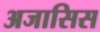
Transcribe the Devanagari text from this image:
अजासिस